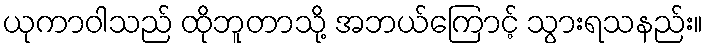
ယုကာဝါသည် ထိုဘူတာသို့ အဘယ်ကြောင့် သွားရသနည်း။